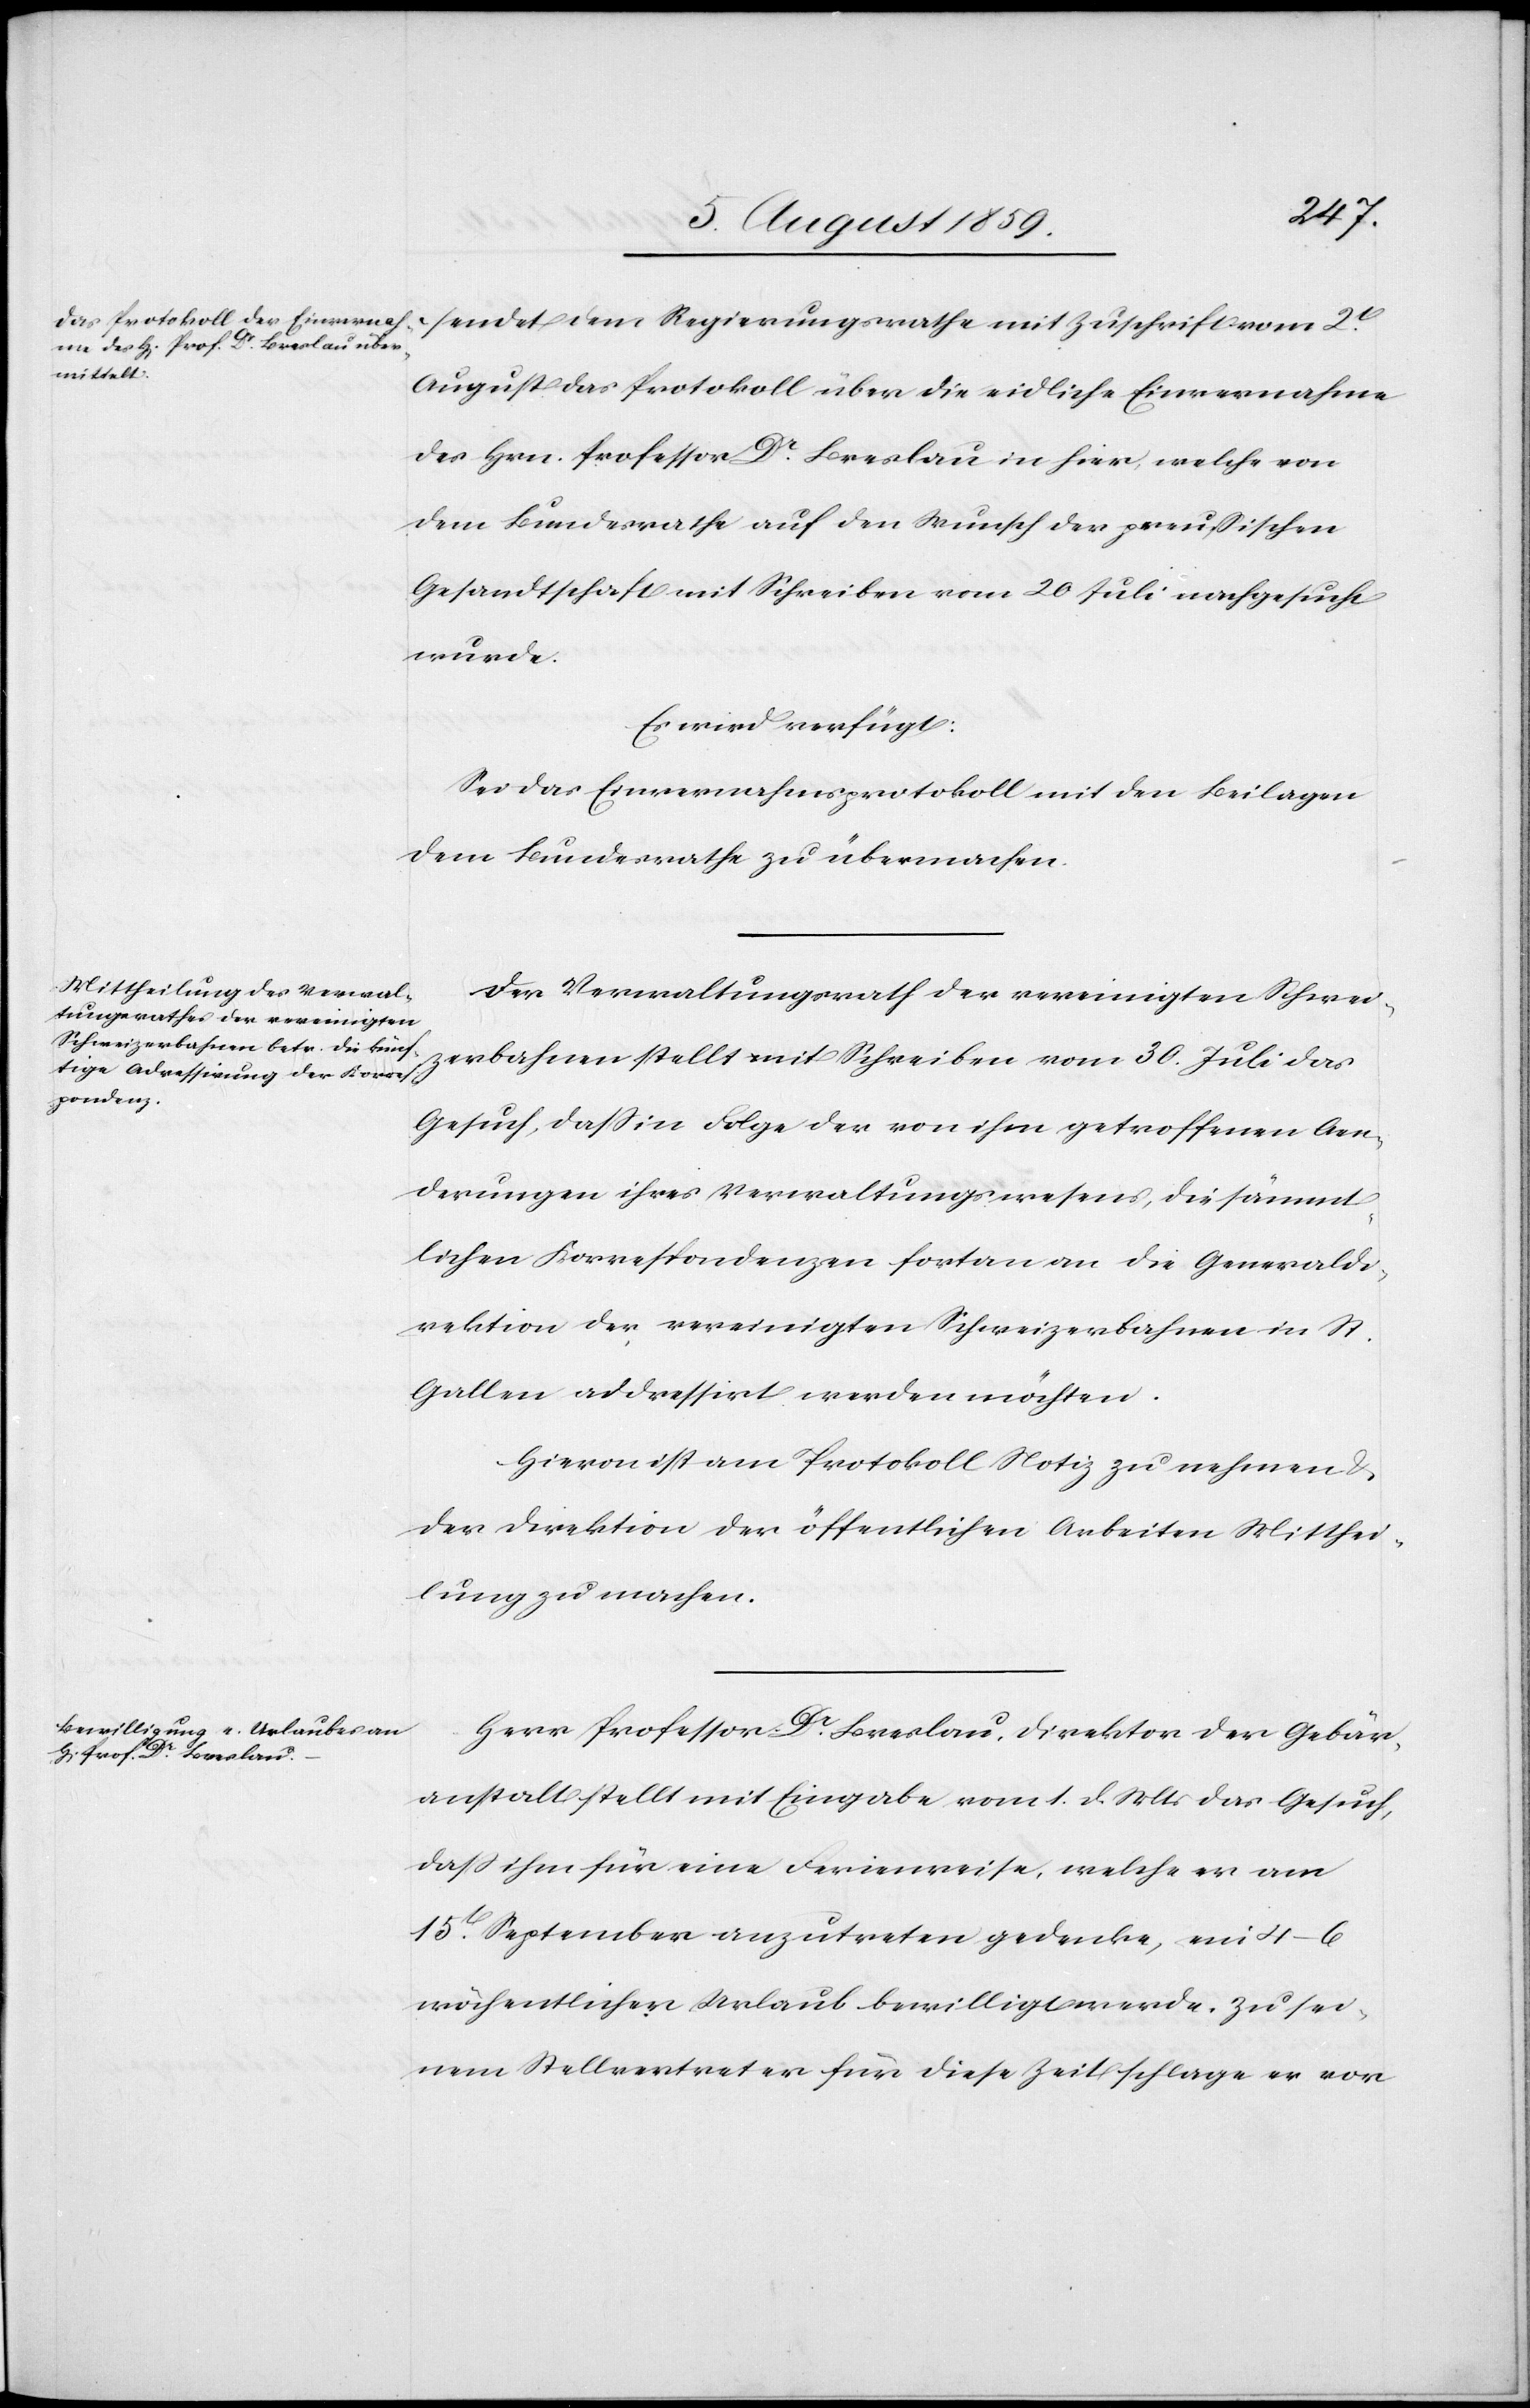
sendet dem Regierungsrathe mit Zuschrift vom 2t[en].
August das Protokoll über die eidliche Einvernahme
des Hrn. Professor Dr. Breslau in hier, welche von
dem Bundesrathe auf den Wunsch der preußischen
Gesandtschaft mit Schreiben vom 20 Juli nachgesucht
wurde.
Es wird verfügt:
Sei das Einvernahmsprotokoll mit den Beilagen
dem Bundesrathe zu übermachen.
Der Verwaltungsrath der vereinigten Schwei¬
zerbahnen stellt mit Schreiben vom 30. Juli das
Gesuch, daß in Folge der von ihm getroffenen Aen¬
derungen ihres Verwaltungswesens, die sämmt¬
lichen Korrespondenzen fortan an die Generald¬
irektion der vereinigten Schweizerbahnen in St.
Gallen adressirt werden möchten.
Hievon ist am Protokoll Notiz zu nehmen u.
der Direktion der öffentlichen Arbeiten Mitthei¬
lung zu machen.
Herr Professor Dr. Breslau, Direktor der Gebär¬
anstalt stellt mit Eingabe vom 1. d. Mts. das Gesuch,
daß ihm für eine Ferienreise, welche er am
15t[en]. September anzutreten gedenke, ein 4–6
wöchentlicher Urlaub bewilligt werde. Zu sei¬
nem Stellvertreter für diese Zeit schlage er vor